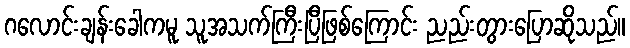
ဂလောင်းချန်းခေါကမူ သူအသက်ကြီးပြီဖြစ်ကြောင်း ညည်းတွားပြောဆိုသည်။